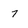
Character: 7